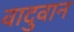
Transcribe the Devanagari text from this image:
वादुवान